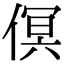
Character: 𠋶